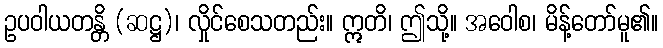
ဥပဝါယတန္တိ (ဆဋ္ဌ)၊ လှိုင်စေသတည်း။ ဣတိ၊ ဤသို့။ အဝေါစ၊ မိန့်တော်မူ၏။